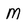
Character: M